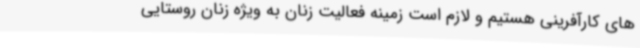
های کارآفرینی هستیم و لازم است زمینه فعالیت زنان به ویژه زنان روستایی